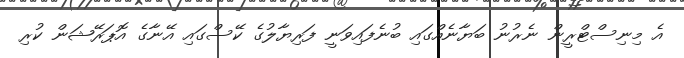
އެ މިނިސްޓްރީން ނެރުނު ބަޔާނެއްގައި ބުނެފައިވަނީ ފަރިޔާލުގެ ކޭސްގައި އޭނާގެ އޮޕަރޭޝަން ކުރި